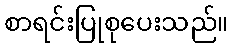
စာရင်းပြုစုပေးသည်။